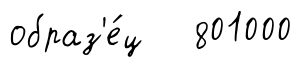
образ'е́ц 801000